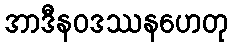
အာဒီနဝဒဿနဟေတု